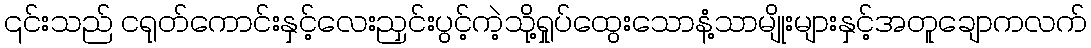
၎င်းသည် ငရုတ်ကောင်းနှင့်လေးညှင်းပွင့်ကဲ့သို့ရှုပ်ထွေးသောနံ့သာမျိုးများနှင့်အတူချောကလက်